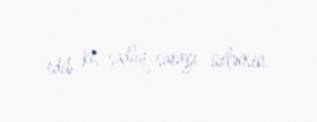
edib ki, şadlıq sarayı üzlənsin.